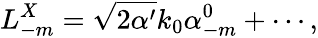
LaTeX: L_{-m}^{X}=\sqrt{2\alpha^{\prime}}k_{0}\alpha_{-m}^{0}+\cdots,